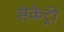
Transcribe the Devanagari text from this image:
सेकेट्री